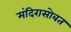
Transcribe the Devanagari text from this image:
मंदिरासोबत